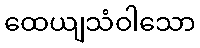
ထေယျသံဝါသော